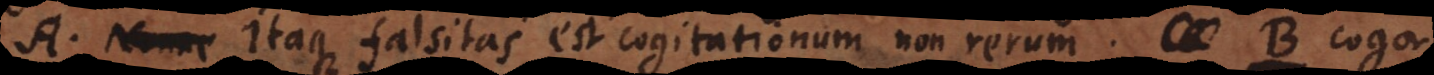
A. Nonne Itaque falsitas est cogitationum non rerum. B. Cogor